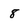
Character: 8